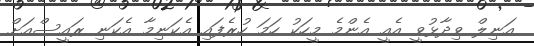
އަނިލް ވިދާޅުވީ އެއީ އެންމެ މީހަކު ހަމަ ހުރެފައި އެކަނިމާ އެކަނި ރައީސްއަށް